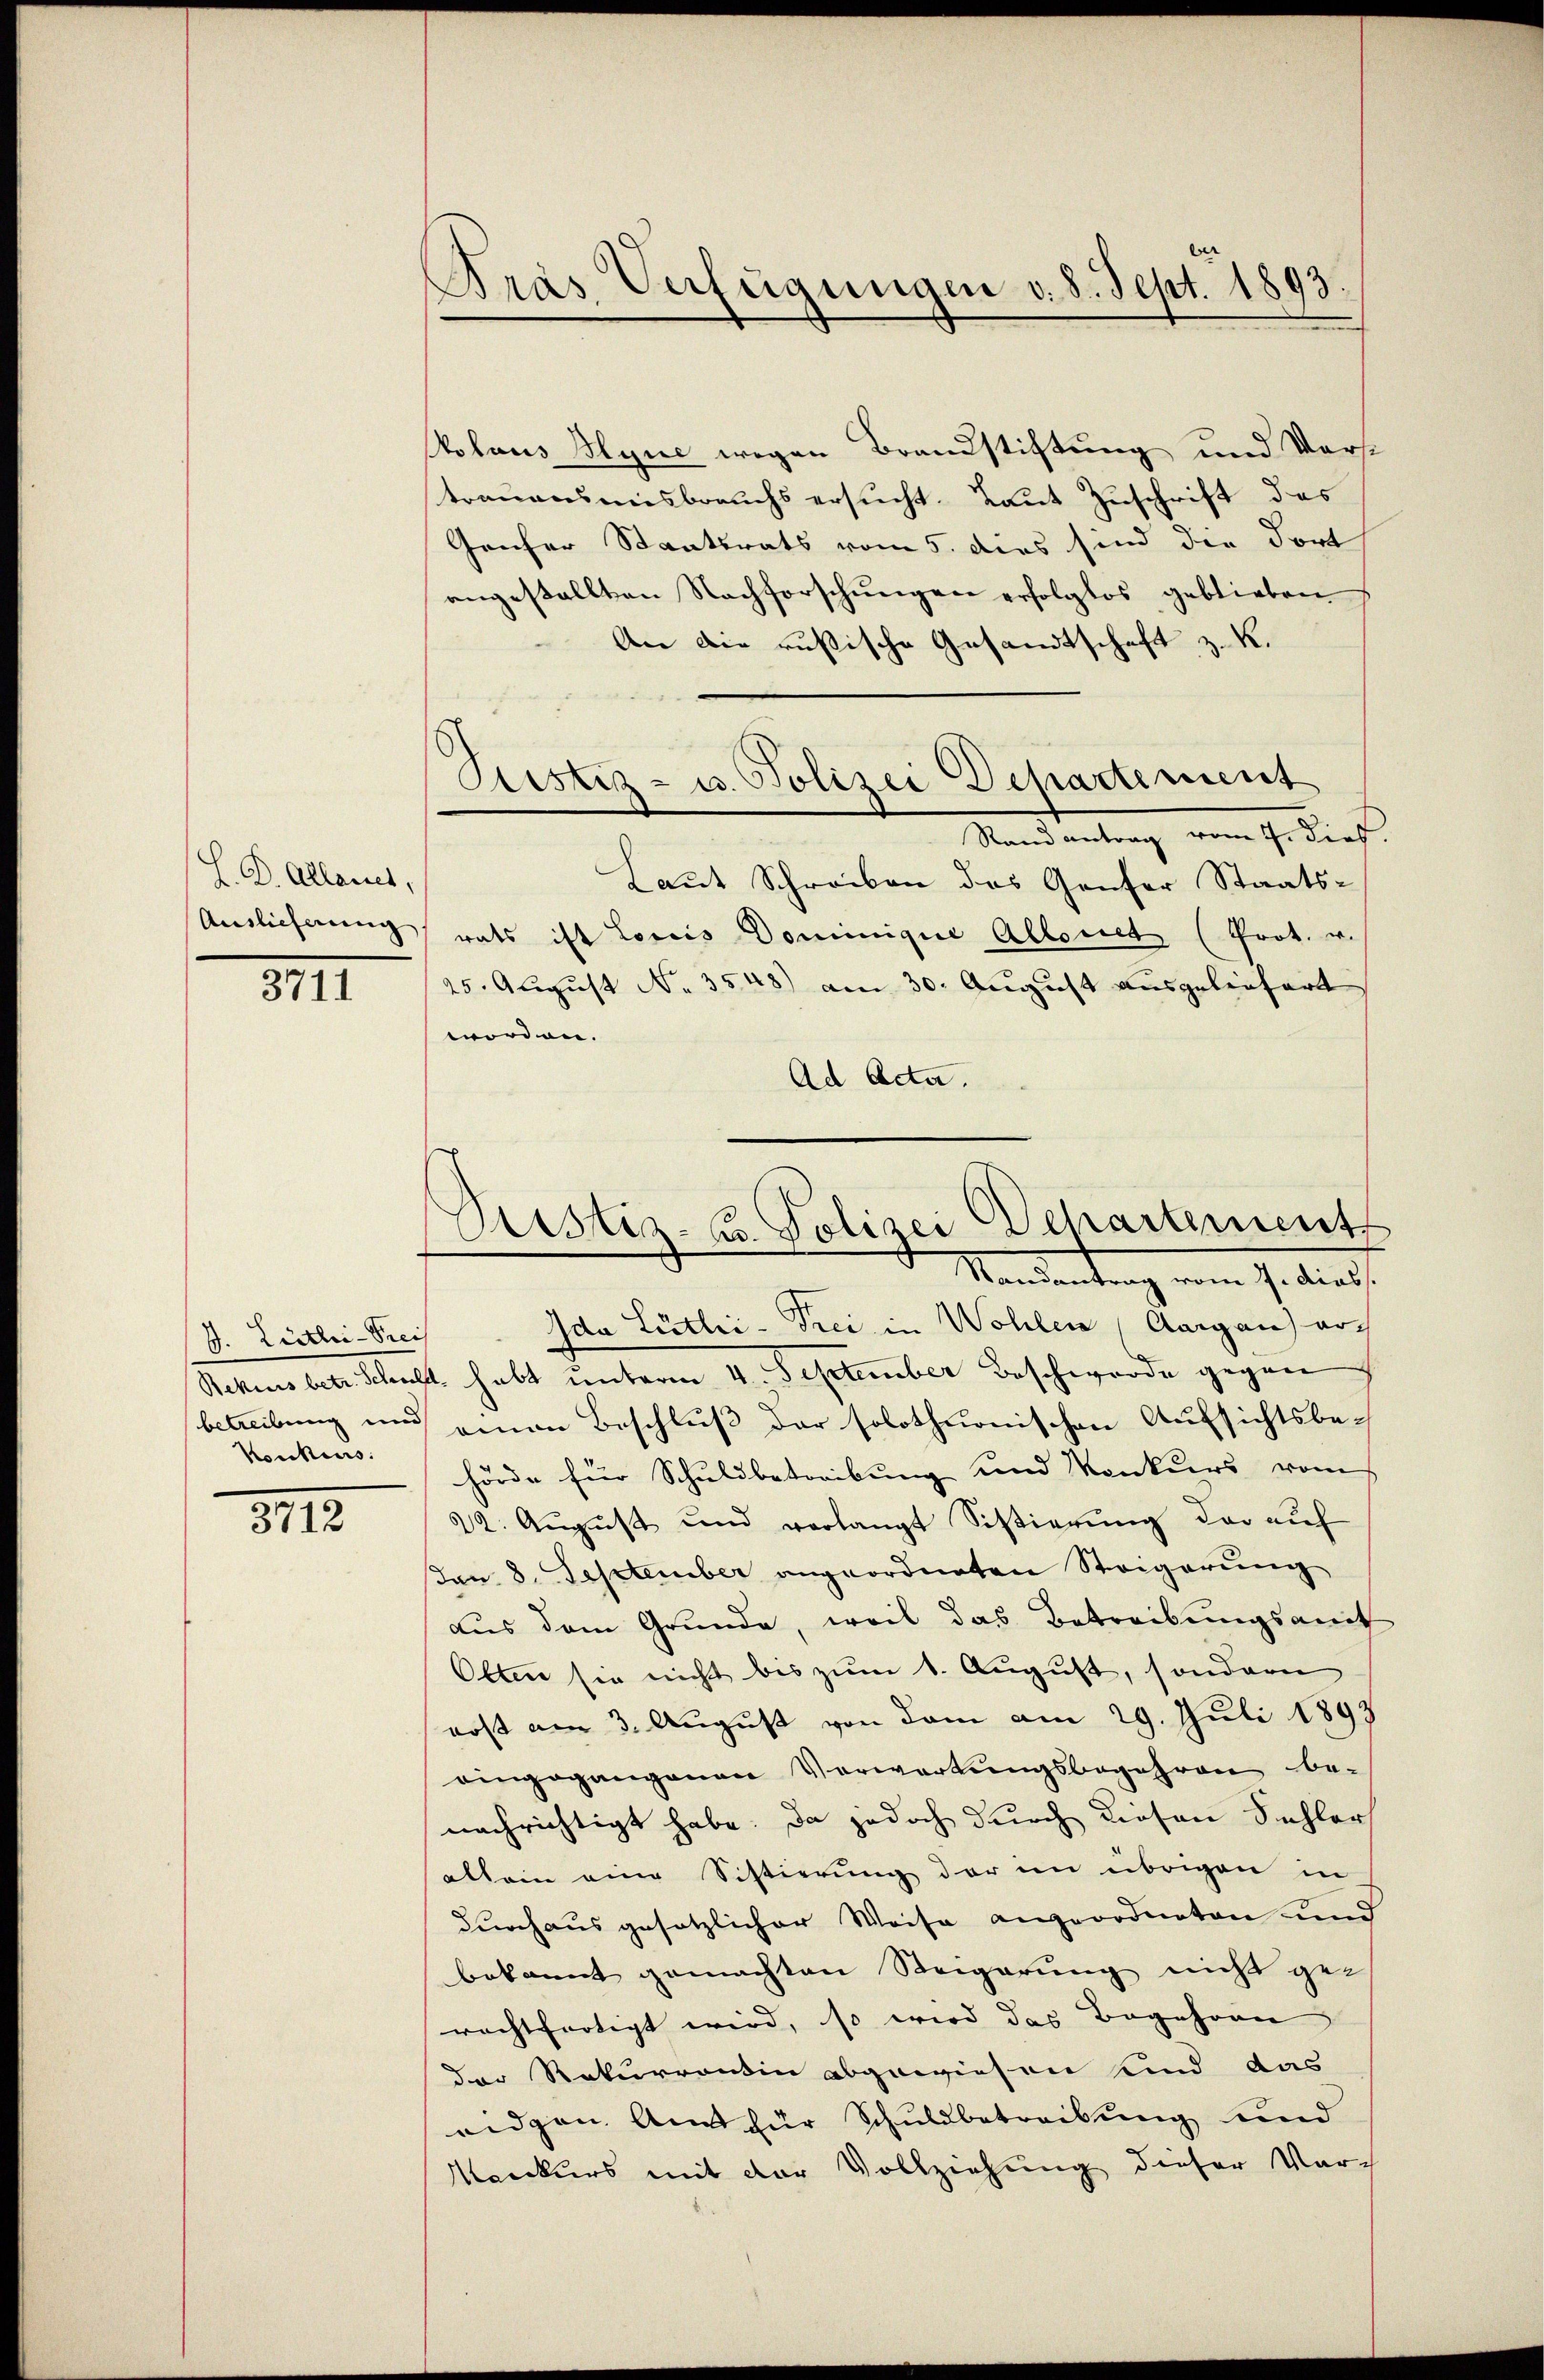
L. D. Allanes,
Auslieferung

III

J. Listlei-Preis
Konkurs.

3112

Dras Verfügungen v. 8. Sept. 1893.

kolaus Hyne wegen Brandstiftung und Vorst
trauensmisbrauchs ersucht. Laut Zuschrift des
Gaufer Staatsrats vom 5. dies sind die dort
angestellten Nachforschŭngen erfolglos geblieben
An die rusische Gesandtschaft z. R.
Justiz- u. Polizei Departement
Stand antrag vom 7. dies
Laut Schreiben des Genfer Staatsrats ist Loris Dominigue Allonet (Prot. v.
25. August No. 3548) am 30. August ausgeliefert
worden. |
Ad Acta.

Ida Lütlić-Vrei in Wohlen, Aargau) ar¬
Rekurs betr. Schuld habt unterm 4. September Beschwerde gegen
betreibung und einen Beschluß der solothurnischen Aufsichtsbehörde für Schuldbetreibung und Konkurs vom
22. August und verlangt Sistierung der auf
en 8. September angeordneten Steigerung
aus dem Grunde, weil das Betreibungsamt
Olten sie nicht bis zum 1. August, sondern
rost am 3. August von dem am 29. Juli 1893
eingegangenen Verwartungsbegehren be-
nachrichtigt habe. Da jedoch durch diesen Fehler
allein eine Sistierung der im übrigen in
durchaus gesetzlicher Weise angeordneten und
bekannt gemachten Steigerung nicht gerechtfertigt wird, so wird das Begehren
der Rekurrentin abgewiesen sind das
eidgen. Am für Schuldbetreibung und
Konkurs mit der Vollziehung dieser Vor-

Justiz- u. Polizei Departement
Mandantung vom 7. dies